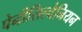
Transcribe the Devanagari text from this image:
पेनीसिल्वेनियन